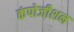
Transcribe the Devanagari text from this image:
कंपोजीशन